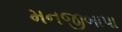
મનજીબાપા